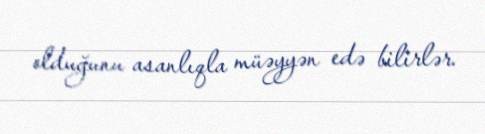
olduğunu asanlıqla müəyyən edə bilirlər.